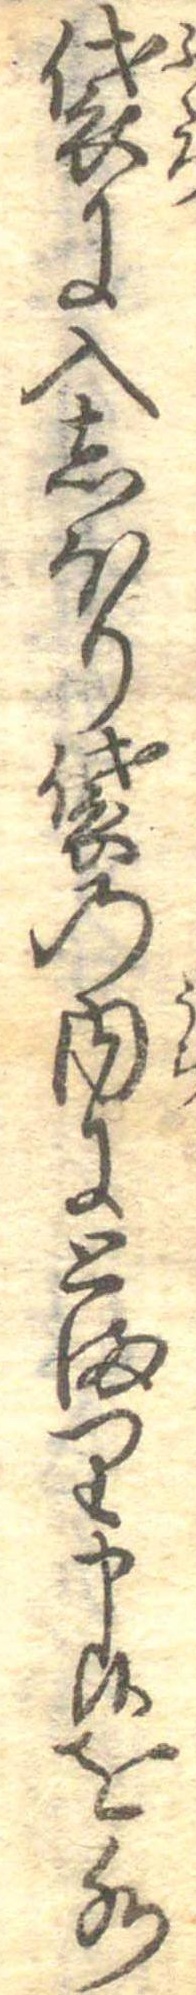
袋に入しほり袋の内にとまり申候を水